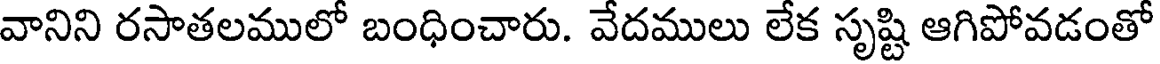
వానిని రసాతలములో బంధించారు. వేదములు లేక సృష్టి ఆగిపోవడంతో